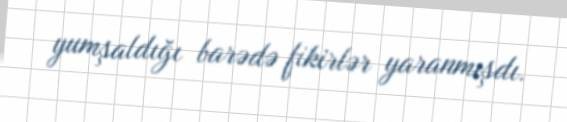
yumşaldığı barədə fikirlər yaranmışdı.